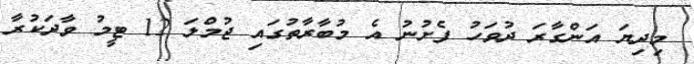
މިދިޔަ އަންގާރަ ދުވަހު ފެށުނު އެ މުބާރާތުގައި ޖުމްލަ 12 ޓީމު ވާދަކުރާ